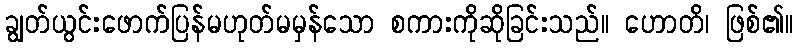
ချွတ်ယွင်းဖောက်ပြန်မဟုတ်မမှန်သော စကားကိုဆိုခြင်းသည်။ ဟောတိ၊ ဖြစ်၏။